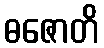
ဓဇောတိ